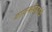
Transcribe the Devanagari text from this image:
भातखंडेबुवांचे